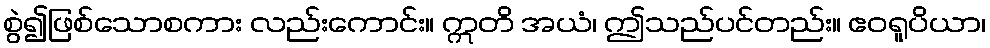
စွဲ၍ဖြစ်သောစကား လည်းကောင်း။ ဣတိ အယံ၊ ဤသည်ပင်တည်း။ ဧဝရူပိယာ၊